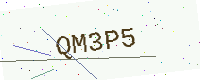
Text: QM3P5